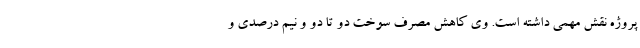
پروژه نقش مهمی داشته است. وی کاهش مصرف سوخت دو تا دو و نیم درصدی و